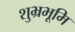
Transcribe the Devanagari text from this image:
शुभ्रभूमि